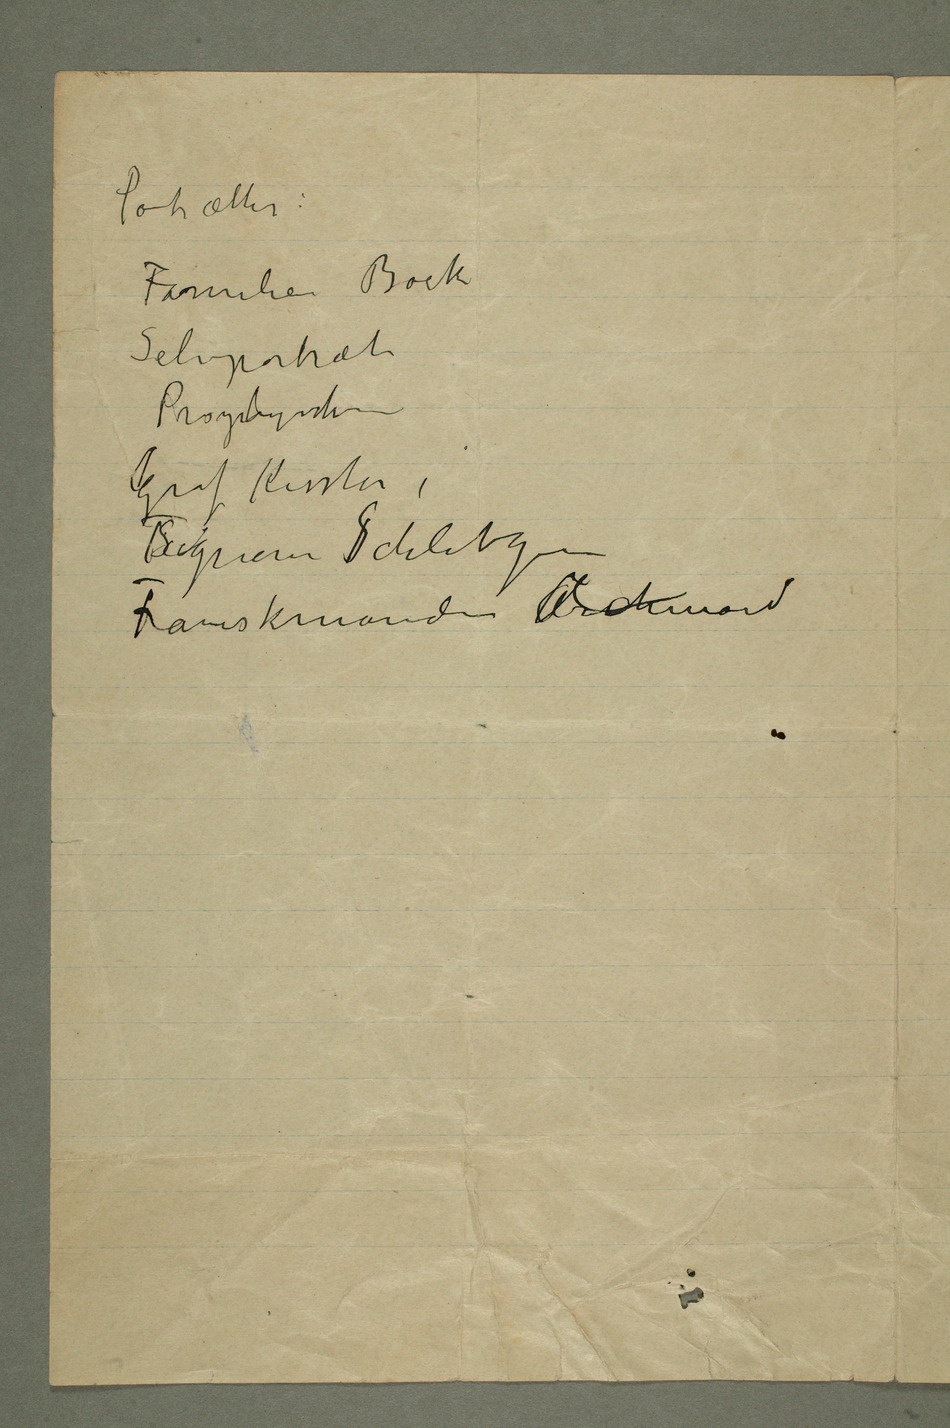
Portrætter:
Selvportræt
Graf Kessler,
Franskmanden Archinard